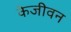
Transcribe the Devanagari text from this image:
केजीवन